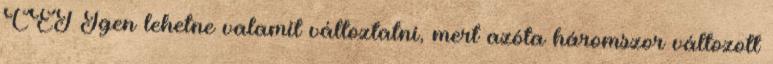
CET Igen lehetne valamit változtatni, mert azóta háromszor változott